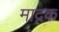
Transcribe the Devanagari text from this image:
माद्रक